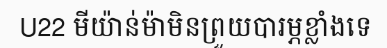
U22 មីយ៉ាន់ម៉ាមិនព្រួយបារម្ភខ្លាំងទេ